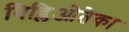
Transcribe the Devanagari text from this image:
बिब्लिओतेका